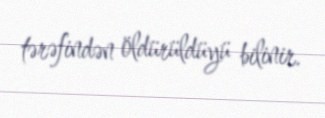
tərəfindən öldürüldüyü bilinir.